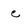
Character: c